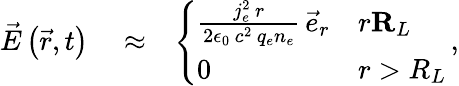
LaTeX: \begin{array}{rlr}{\vec{E}\left(\vec{r},t\right)}&{{}\approx}&{\left\{ \begin{array}{ll}{\frac{j_{e}^{2}\, r}{2\epsilon_{0}\, c^{2}\, q_{e}n_{e}}\, \vec{e}_{r}}&{r\le R_{L}}\\ {0}&{r>R_{L}}\end{array}\right.\, ,}\end{array}